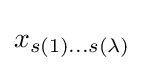
x_{s(1)\ldots s(\lambda )}